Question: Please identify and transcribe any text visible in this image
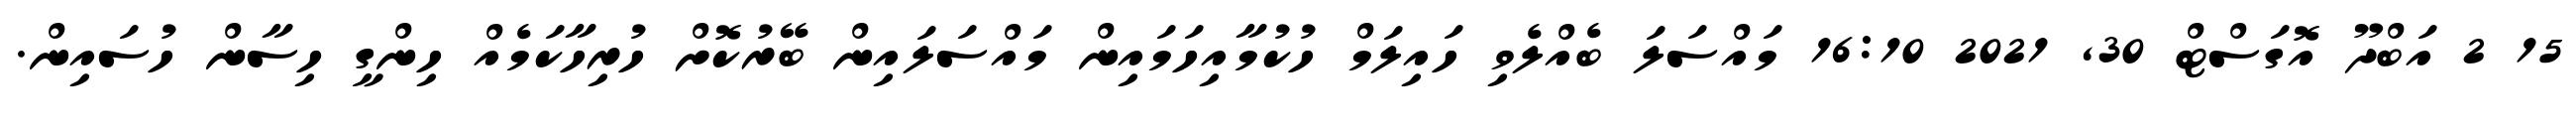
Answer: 15 2 އަބްދޫ އޮގަސްޓް 30, 2021 16:10 މައްސަލަ ބެއްލެވި ހައިލަމް ހުކުމާއިހަމައިން މައްސަލައިން ބޭރުކޮށް ހުރިހާކަމެއް ހިންގީ ހިސާން ހުސައިން.